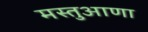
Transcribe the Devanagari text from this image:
मस्तुआणा